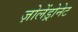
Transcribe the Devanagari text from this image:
ज़ोलेंड्रोनेट